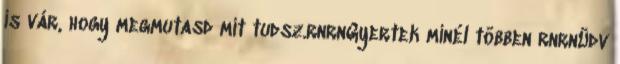
is vár, hogy megmutasd mit tudsz.rnrnGyertek minél többen rnrnÜdv